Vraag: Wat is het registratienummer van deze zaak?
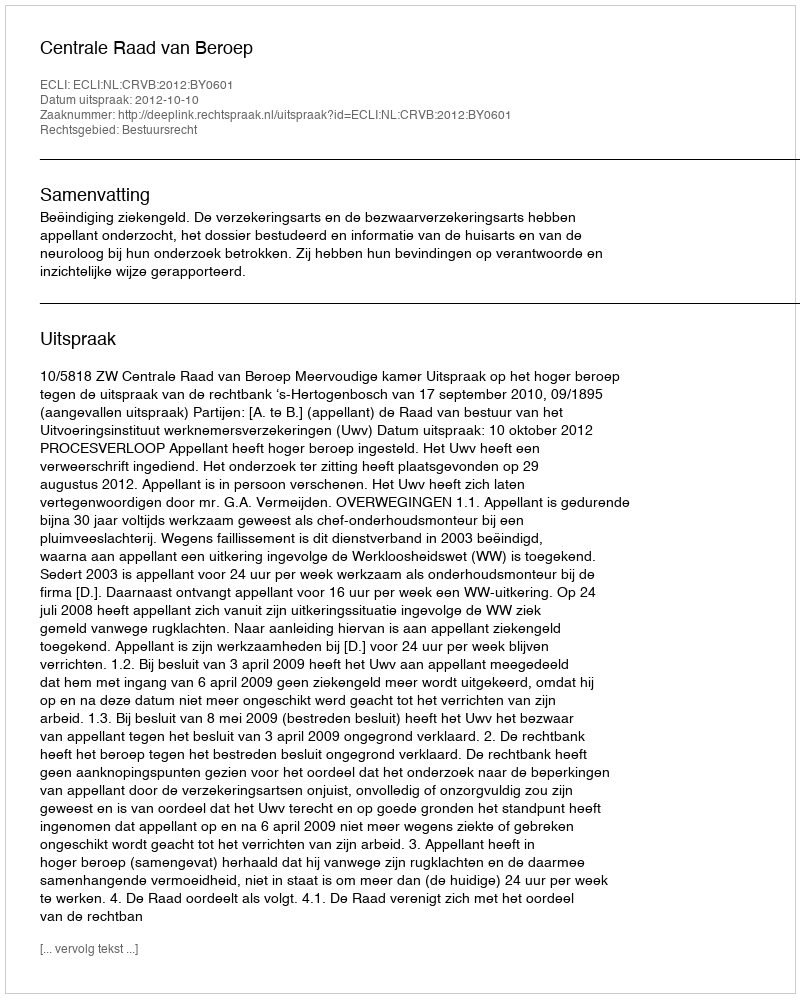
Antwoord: http://deeplink.rechtspraak.nl/uitspraak?id=ECLI:NL:CRVB:2012:BY0601